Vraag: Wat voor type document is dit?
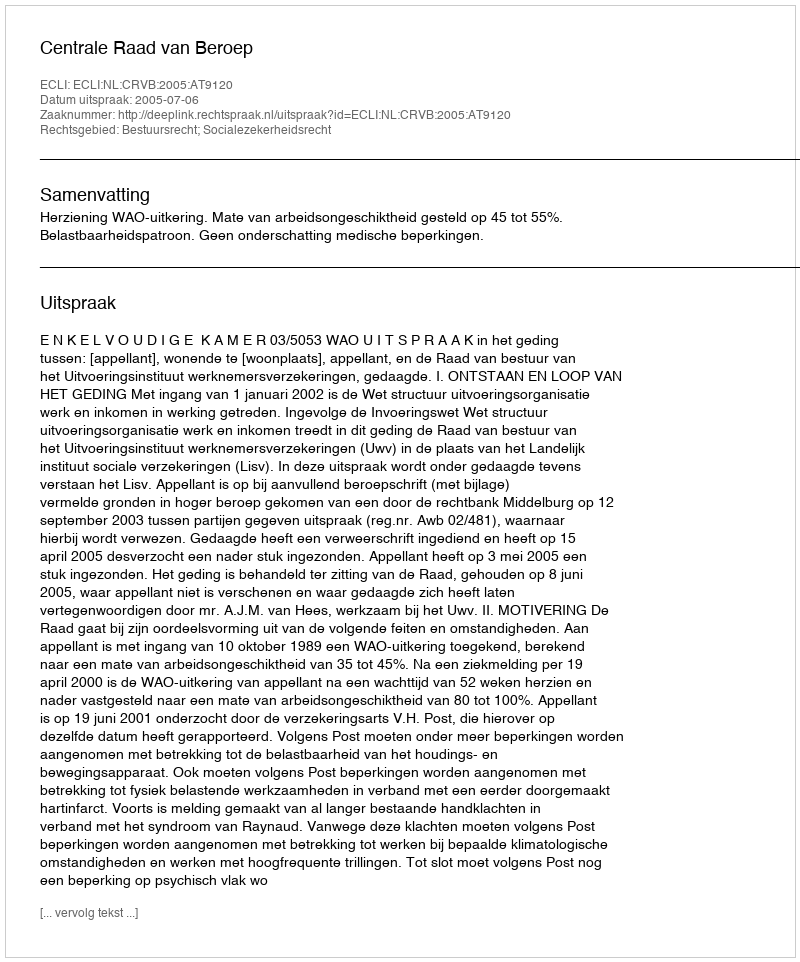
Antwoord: Uitspraak